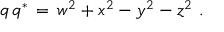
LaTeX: ~ q \, q ^ { * } \, = \, w ^ { 2 } + x ^ { 2 } - y ^ { 2 } - z ^ { 2 } ~ .